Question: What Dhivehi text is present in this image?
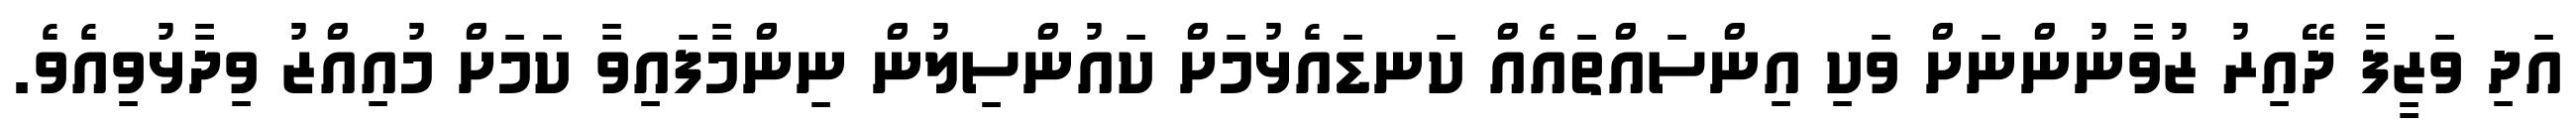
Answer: އަދި ވަޒީފާ ދޭއިރު ޒުވާނުންނަށް ވަކި އިންސައްތައެއް ކަނޑައެޅުމަށް ކައުންސިލުން ނިންމާފައިވާ ކަމަށް މުއިއްޒު ވިދާޅުވިއެވެ.